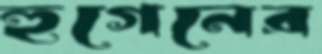
হুগেনের